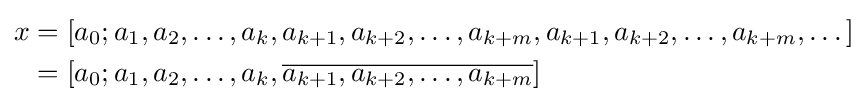
{\begin{aligned}x&=[a_{0};a_{1},a_{2},\dots ,a_{k},a_{k+1},a_{k+2},\dots ,a_{k+m},a_{k+1},a_{k+2},\dots ,a_{k+m},\dots ]\\&=[a_{0};a_{1},a_{2},\dots ,a_{k},{\overline {a_{k+1},a_{k+2},\dots ,a_{k+m}}}]\end{aligned}}